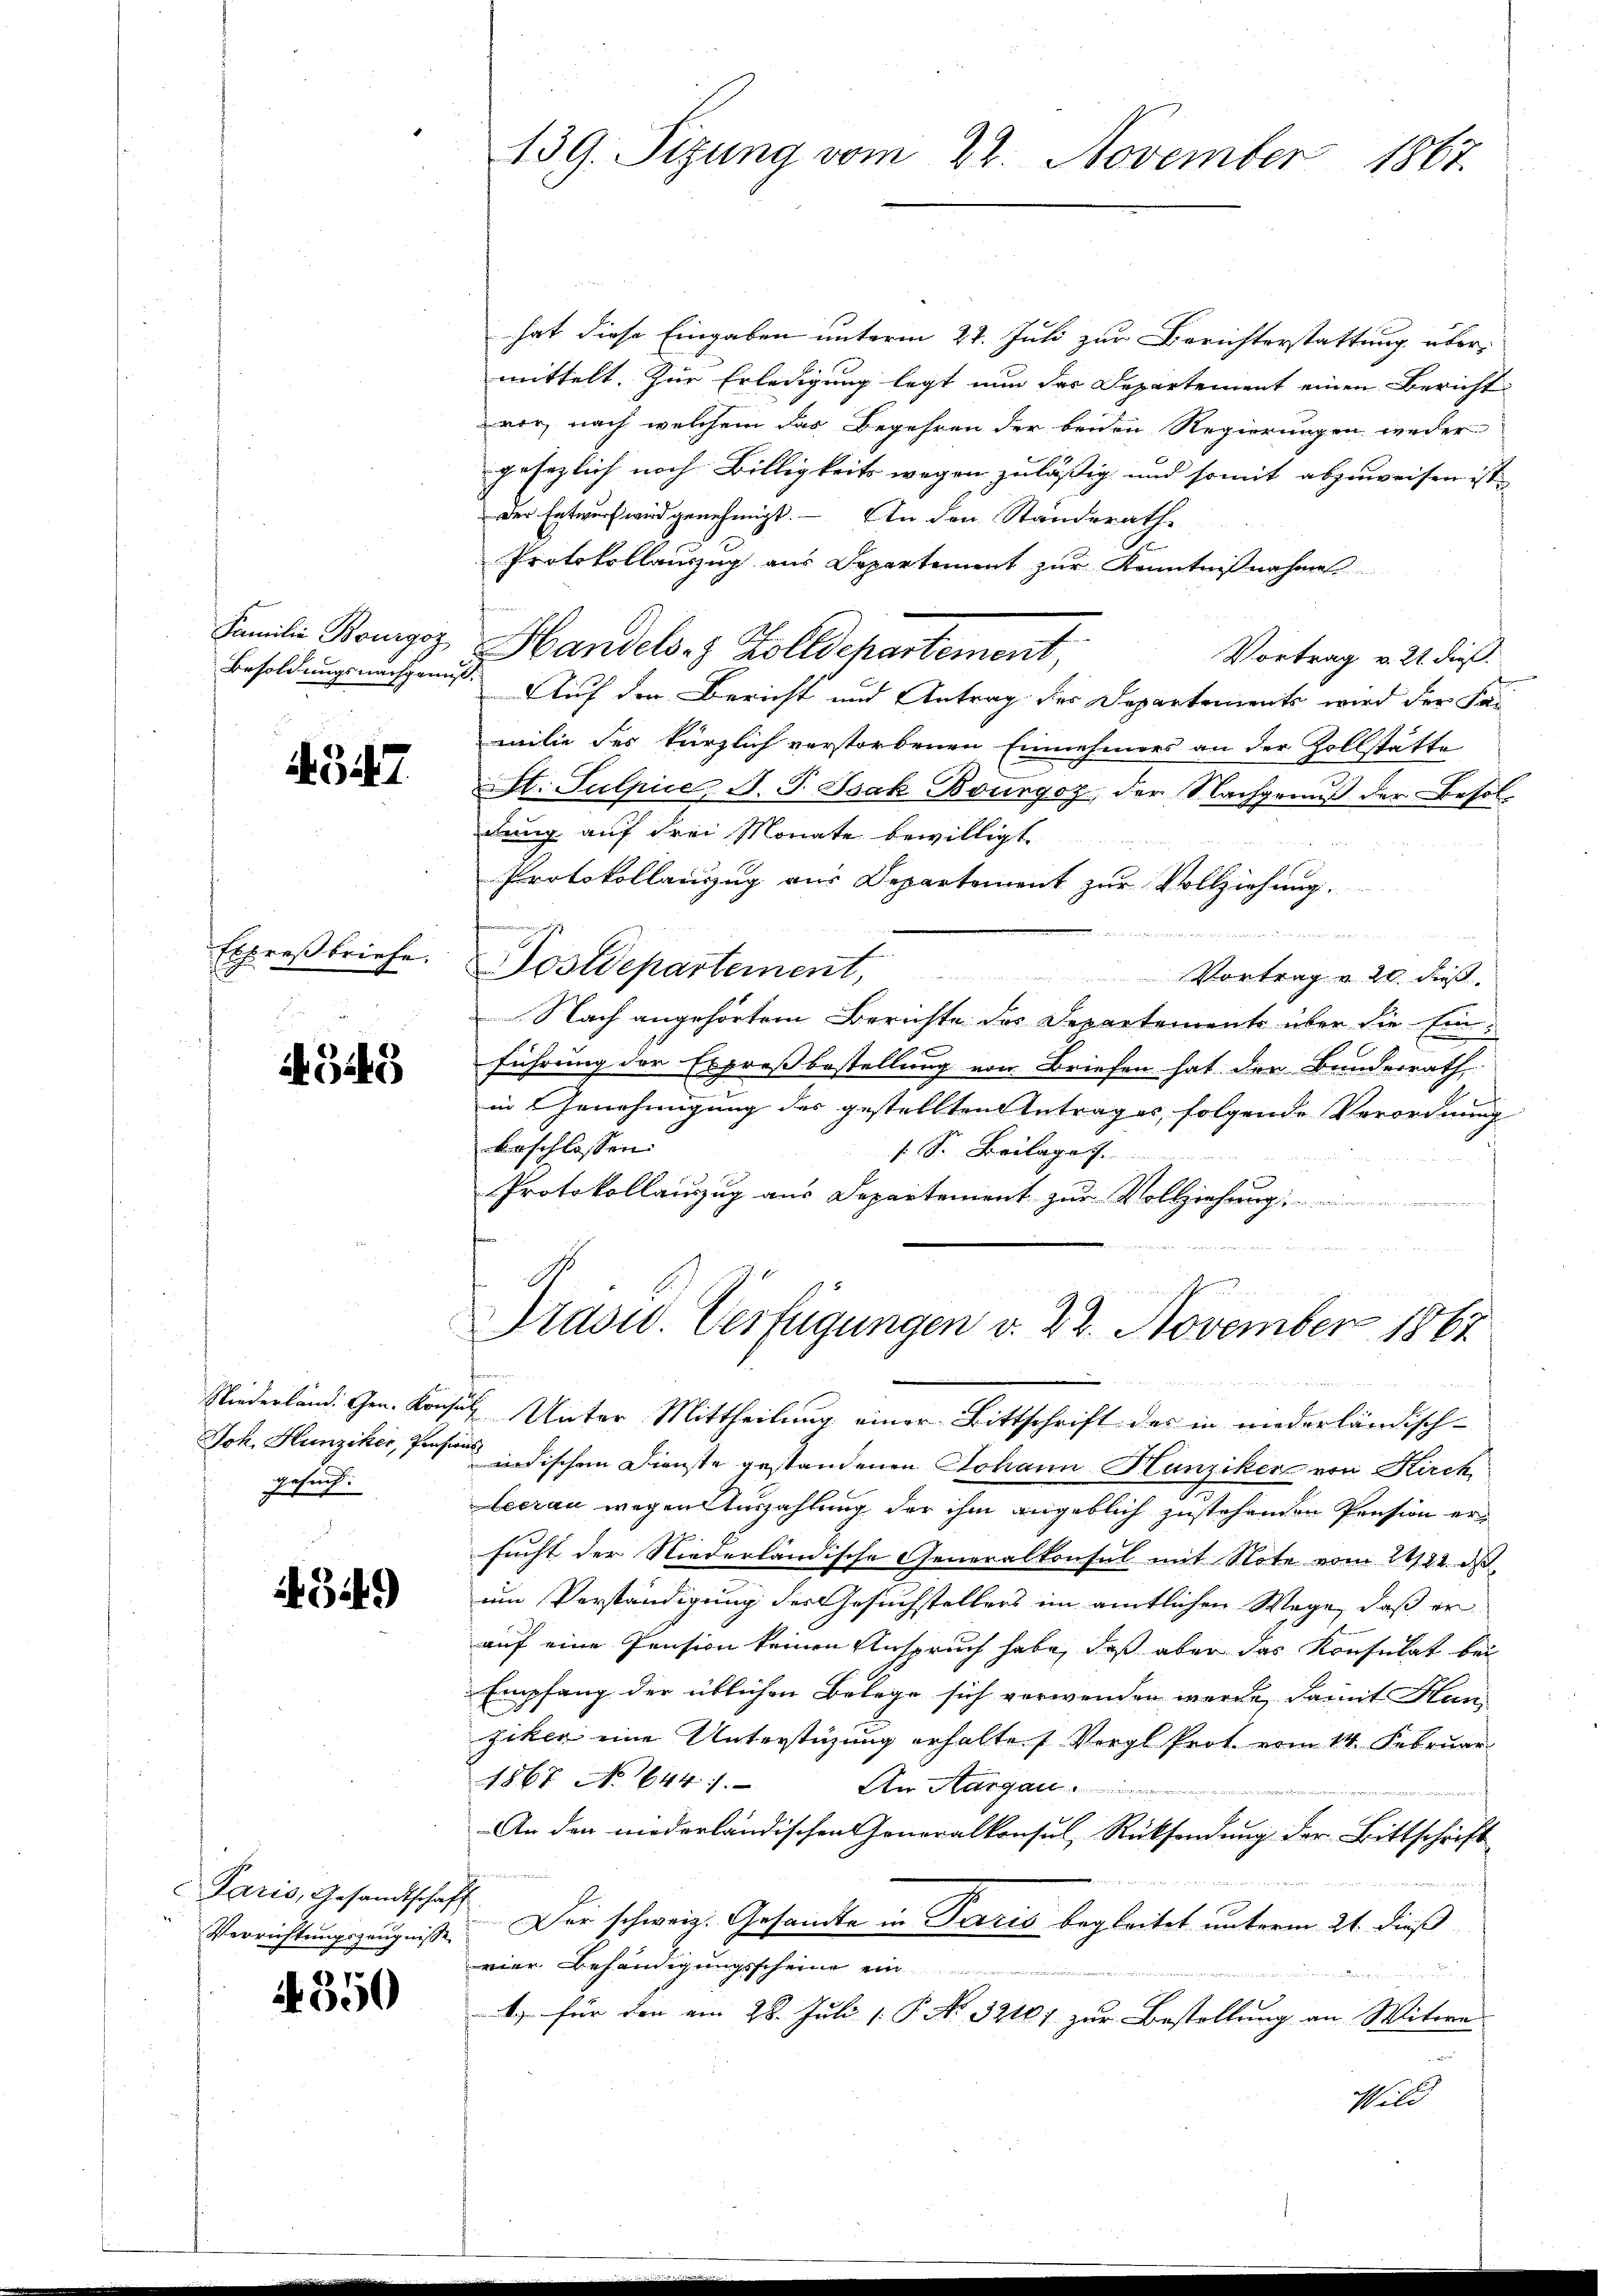
139. Sitzung vom 22. November 1867.

hat diese Eingaben unterm 27. Juli zur Berichterstattung übermittelt. Zur Erledigung legt nun das Departement einen Bericht
vor, nach welchem das Begehren der beiden Regierungen weder
gesezlich noch Billigkeits wegen zuläßig und somit abzuweisen ist,
Der Entwurf wird genehmigt. – An den Standerath
Protokollauszug aus Departement zur Kenntnißnahme
Handels- & Zolldepartement,
Vortrag v. 21. dieß.
Auf den Bericht und Antrag des Departements wird der Fa-
milie der kürzlich verstorbenen Einnehmers an der Zollstätte
t. Sulpice, J. J. Isak Bourgoz, der Nachgenuß der Besoldung auf drei Monate bewilligt.
Protokollauszug aus Departement zur Vollziehung
en renten der in ich den
Sostdepartement, Vortrag u. 20. dieβ.
Nach angehörtem Berichte des Departemente über die Einführung der Erpreßbestellung von Briefen hat der Bunderrath
in Genehmigung des gestellten Antrages folgende Verordnung
beschlossen:
s. S. Beilage
Protokollauszug aus Departement zur Vollziehung
r 184

Familie Bourgoz
Besoldungsnachgenuss

4547.

Expreßbriefe.

345

Präsid. Verfügungen v. 22. November 1862

Gesuch:

Niederländ. Gen. Konsul Unter Mittheilung einer Bittschrift des in niederländisch¬
Joh. Hunziker, Pastor indischem Dienste gestandenen Johann Hunziker von Kirch
Lecrau wegen Auszahlung der ihm angeblich zustehenden Pension ersucht der Niederländische Generalkonsul mit Note vom 21/22. ds.
um Verständigung des Gesuchstellers im amtlichen Wege, daß er
auf eine Pension keinen Anspruch habe, daß aber das Konsulat bei
Empfang der üblichen Belege sich verwenden werde, damit Hanziken eine Unterstüzung erhalten Vergl Prot vom 14. Februar
1867 No 644.
An Aargau.
An den niederländischen Generalkonsul Rücksendung der Bittschrift
e
Verrichtungszeugniße. Der schweiz. Gesandte in Paris begleitet unterm 21. dieß
vier Behändigungsscheine ein

b) für den am 28. Juli [ P. N. 32161 zur Bestellung an Witwe
25
Geld

349)

Paris, Gesandtschaft

4350